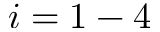
i = 1 - 4